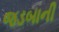
જડબાની